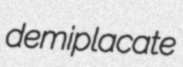
demiplacate